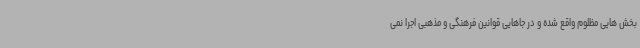
بخش هایی مظلوم واقع شده و در جاهایی قوانین فرهنگی و مذهبی اجرا نمی